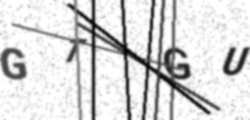
Text: GTGU